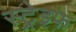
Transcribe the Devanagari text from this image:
स्ट्रेइफ